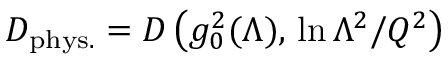
D _ { \mathrm { p h y s . } } = D \left( g _ { 0 } ^ { 2 } ( \Lambda ) , \, \ln \Lambda ^ { 2 } / Q ^ { 2 } \right)